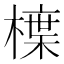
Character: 𭫳